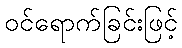
ဝင်ရောက်ခြင်းဖြင့်